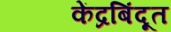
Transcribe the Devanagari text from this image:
केंद्रबिंदूत